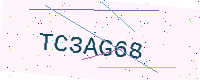
Text: TC3AG68